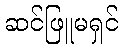
ဆင်ဖြူမရှင်